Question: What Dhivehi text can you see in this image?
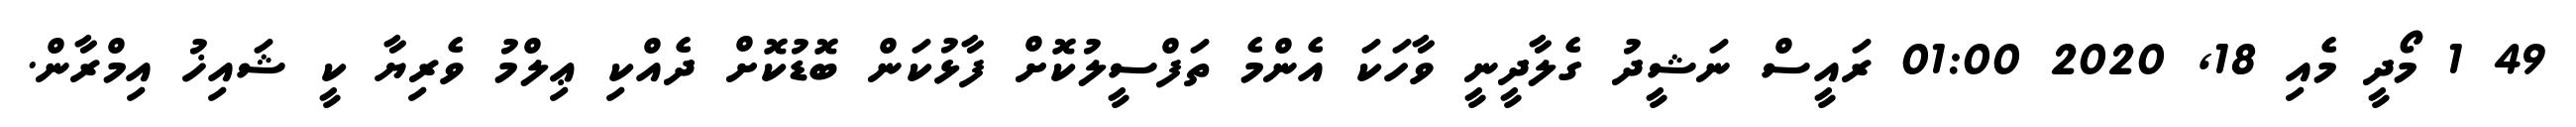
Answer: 49 1 މޯދީ މެއި 18, 2020 01:00 ރައީސް ނަޝީދު ގެލާދީނީ ވާހަކަ އެންމެ ތަފްސީލުކޮށް ފާޅުކަން ބޮޑުކޮށް ދެއްކި ޢިލްމު ވެރިޔާ ކީ ޝައިޚު އިމްރާން.